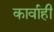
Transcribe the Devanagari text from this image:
कार्वाही